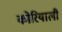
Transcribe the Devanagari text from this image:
कोरियाली